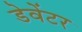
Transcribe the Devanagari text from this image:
डेवेंटर